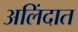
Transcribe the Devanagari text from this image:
अलिंदात